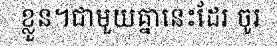
ខ្លួន។ជាមួយគ្នានេះដែរ ចូរ